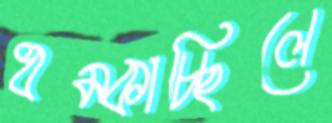
ধম্‌কাচ্ছিলে